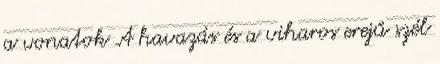
a vonatok A havazás és a viharos erejű szél